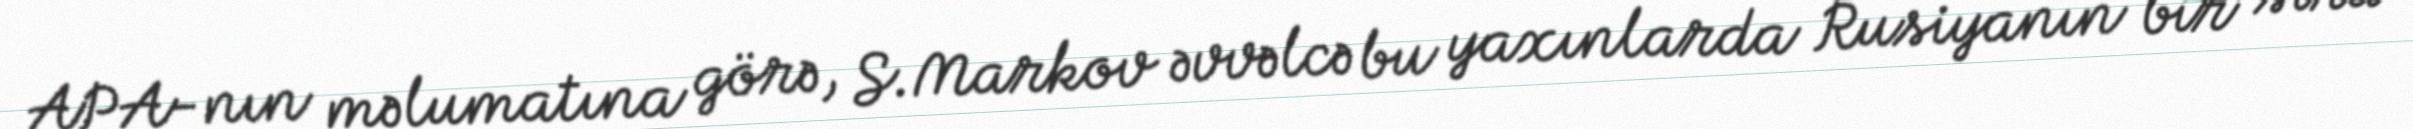
APA-nın məlumatına görə, S.Markov əvvəlcə bu yaxınlarda Rusiyanın bir sıra